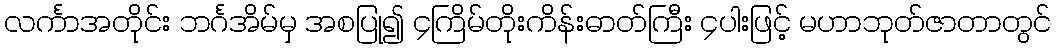
လင်္ကာအတိုင်း ဘင်္ဂအိမ်မှ အစပြု၍ ၄ကြိမ်တိုးကိန်းဓာတ်ကြီး ၄ပါးဖြင့် မဟာဘုတ်ဇာတာတွင်